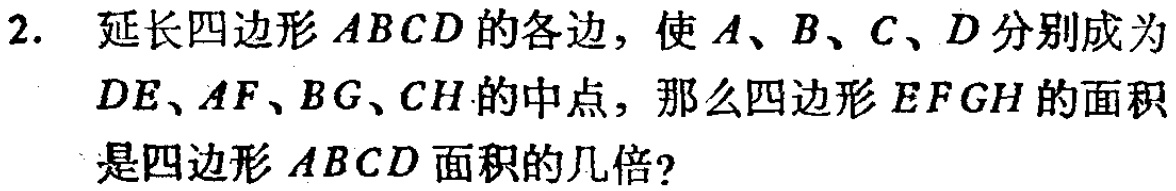
2. 延长四边形\(ABCD\)的各边，使\(A、B、C、D\)分别成为\(DE、AF、BG、CH\)的中点，那么四边形\(EFGH\)的面积是四边形\(ABCD\)面积的几倍？